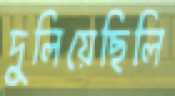
দুলিয়েছিলি